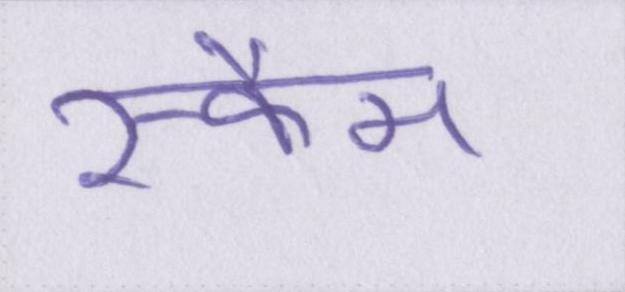
स्कैम